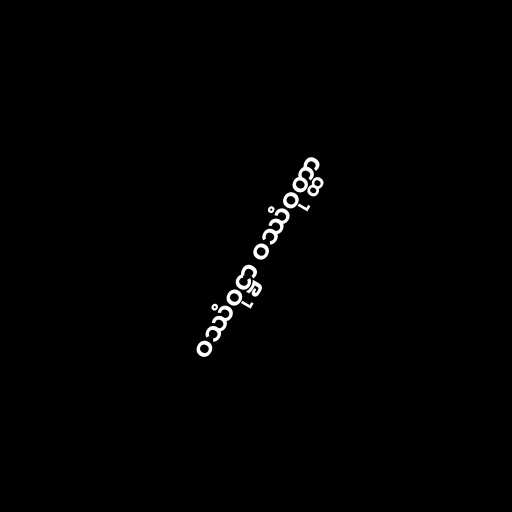
ဝဿံဝုဋ္ဌာ ဝဿံဝုတ္ထာ